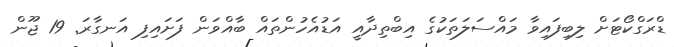
ޑްރަގްކޯޓަށް ލިބިފައިވާ މައްސަލަތަކުގެ އިބްތިދާއީ އަޑުއެހުންތައް ބާއްވަން ފަށައިފި އަނގާރަ